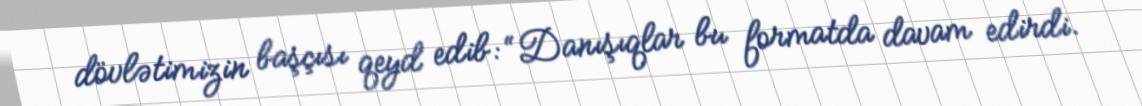
dövlətimizin başçısı qeyd edib: “Danışıqlar bu formatda davam edirdi.